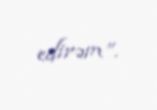
edirəm”.